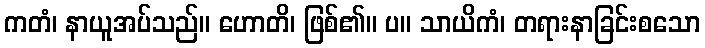
ကတံ၊ နာယူအပ်သည်။ ဟောတိ၊ ဖြစ်၏။ ပ။ သာယိကံ၊ တရားနာခြင်းစသော